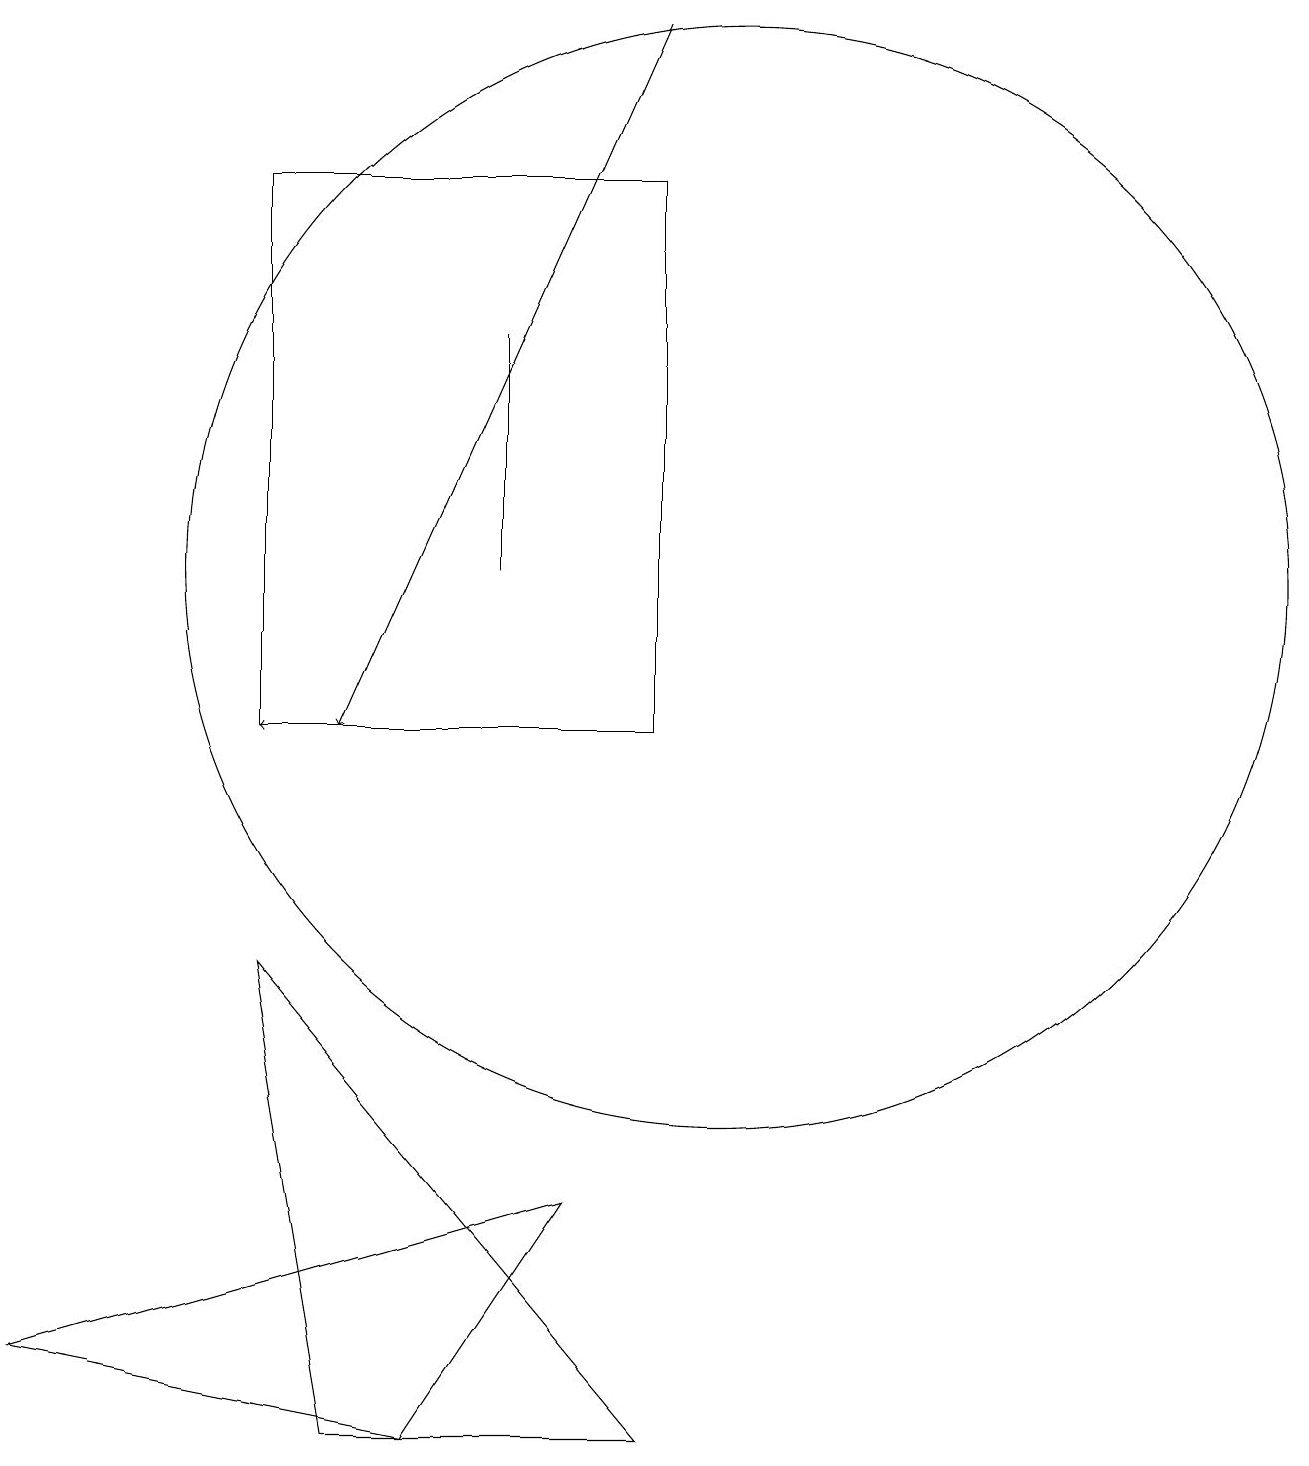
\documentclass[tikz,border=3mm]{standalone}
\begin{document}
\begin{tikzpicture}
\draw (10,12) circle (7);
\draw[->] (5,10) -- (4,10);
\draw (9,10) rectangle (4,17);
\draw (9,1) -- (4,7) -- (5,1) -- cycle;
\draw[->] (9,19) -- (5,10);
\draw (7,15) rectangle (7,12);
\draw (1,2) -- (6,1) -- (8,4) -- cycle;
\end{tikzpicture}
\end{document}